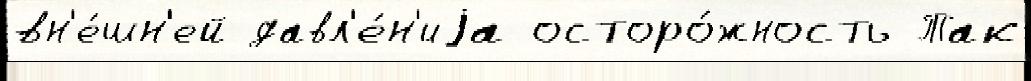
вн'е́шн'ей давл'е́н'иjа осторо́жность Так